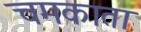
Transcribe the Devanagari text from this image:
चमकाता